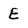
Character: E